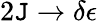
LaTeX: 2\mathtt{J}\to\delta\epsilon